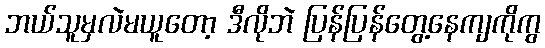
ဘယ်သူမှလဲမယူတော့ ဒီလိုဘဲ ပြန်ပြန်တွေ့နေကျကိုကွ